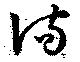
滿